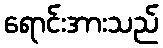
ရောင်းအားသည်